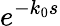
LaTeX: e^{-k_{0}s}